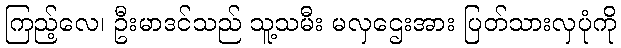
ကြည့်လေ၊ ဦးမာဒင်သည် သူ့သမီး မလှဌေးအား ပြတ်သားလှပုံကို